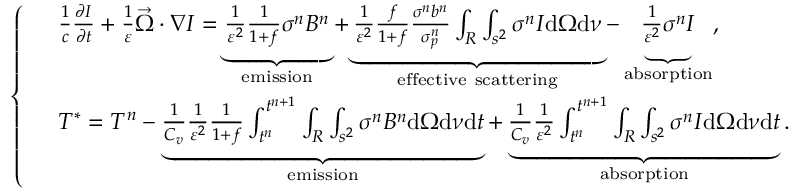
\left\{ \begin{array} { r l } & { \frac { 1 } { c } \frac { \partial I } { \partial t } + \frac { 1 } { \varepsilon } \vec { \Omega } \cdot \nabla I = \underbrace { \frac { 1 } { \varepsilon ^ { 2 } } \frac { 1 } { 1 + f } \sigma ^ { n } B ^ { n } } _ { \mathrm { e m i s s i o n } } + \underbrace { \frac { 1 } { \varepsilon ^ { 2 } } \frac { f } { 1 + f } \frac { \sigma ^ { n } b ^ { n } } { \sigma _ { p } ^ { n } } \int _ { R } \int _ { s ^ { 2 } } \sigma ^ { n } I \mathrm { d } \Omega \mathrm { d } \nu } _ { \mathrm { e f f e c t i v e ~ s c a t t e r i n g } } - \underbrace { \frac { 1 } { \varepsilon ^ { 2 } } \sigma ^ { n } I } _ { \mathrm { a b s o r p t i o n } } , } \\ & { T ^ { * } = T ^ { n } - \underbrace { \frac { 1 } { C _ { v } } \frac { 1 } { \varepsilon ^ { 2 } } \frac { 1 } { 1 + f } \int _ { t ^ { n } } ^ { t ^ { n + 1 } } \int _ { R } \int _ { s ^ { 2 } } \sigma ^ { n } B ^ { n } \mathrm { d } \Omega \mathrm { d } \nu \mathrm { d } t } _ { \mathrm { e m i s s i o n } } + \underbrace { \frac { 1 } { C _ { v } } \frac { 1 } { \varepsilon ^ { 2 } } \int _ { t ^ { n } } ^ { t ^ { n + 1 } } \int _ { R } \int _ { s ^ { 2 } } \sigma ^ { n } I \mathrm { d } \Omega \mathrm { d } \nu \mathrm { d } t } _ { \mathrm { a b s o r p t i o n } } . } \end{array} \right.